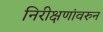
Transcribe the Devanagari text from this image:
निरीक्षणांवरुन